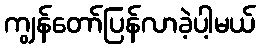
ကျွန်တော်ပြန်လာခဲ့ပါ့မယ်